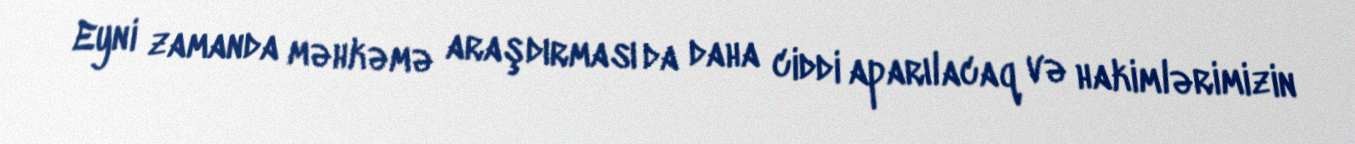
Eyni zamanda məhkəmə araşdırması da daha ciddi aparılacaq və hakimlərimizin